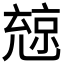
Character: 𠒨